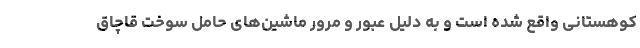
کوهستانی واقع شده است و به دلیل عبور و مرور ماشین‌هاى حامل سوخت قاچاق